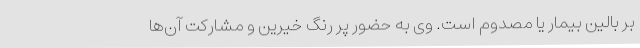
بر بالین بیمار یا مصدوم است. وی به حضور پر رنگ خیرین و مشارکت آن‌ها